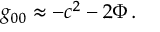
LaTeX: g _ { 0 0 } \approx - c ^ { 2 } - 2 \Phi \, .